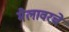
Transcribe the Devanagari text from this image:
मैलावरचे